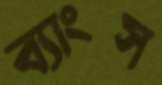
ব্যাংস